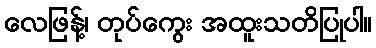
လေဖြန့်၊ တုပ်ကွေး အထူးသတိပြုပါ။